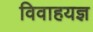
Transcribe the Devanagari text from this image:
विवाहयज्ञ